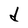
Character: d